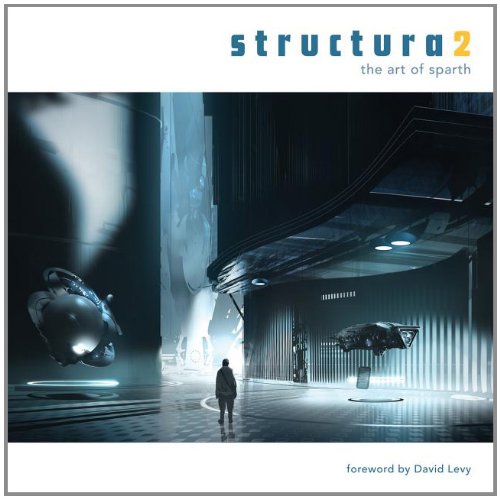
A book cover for Structura 2; Sparth; Arts & Photography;